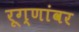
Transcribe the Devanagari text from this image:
रूग्णांवर